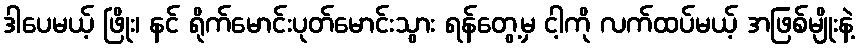
ဒါပေမယ့် ဖြိုး၊ နင် ရိုက်မောင်းပုတ်မောင်းသွား ရန်တွေ့မှ ငါ့ကို လက်ထပ်မယ့် အဖြစ်မျိုးနဲ့